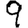
Digit: 9